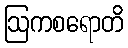
ဩကစရောတိ